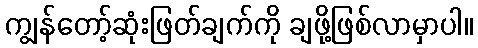
ကျွန်တော့်ဆုံးဖြတ်ချက်ကို ချဖို့ဖြစ်လာမှာပါ။